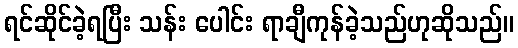
ရင်ဆိုင်ခဲ့ရပြီး သန်း ပေါင်း ရာချီကုန်ခဲ့သည်ဟုဆိုသည်။